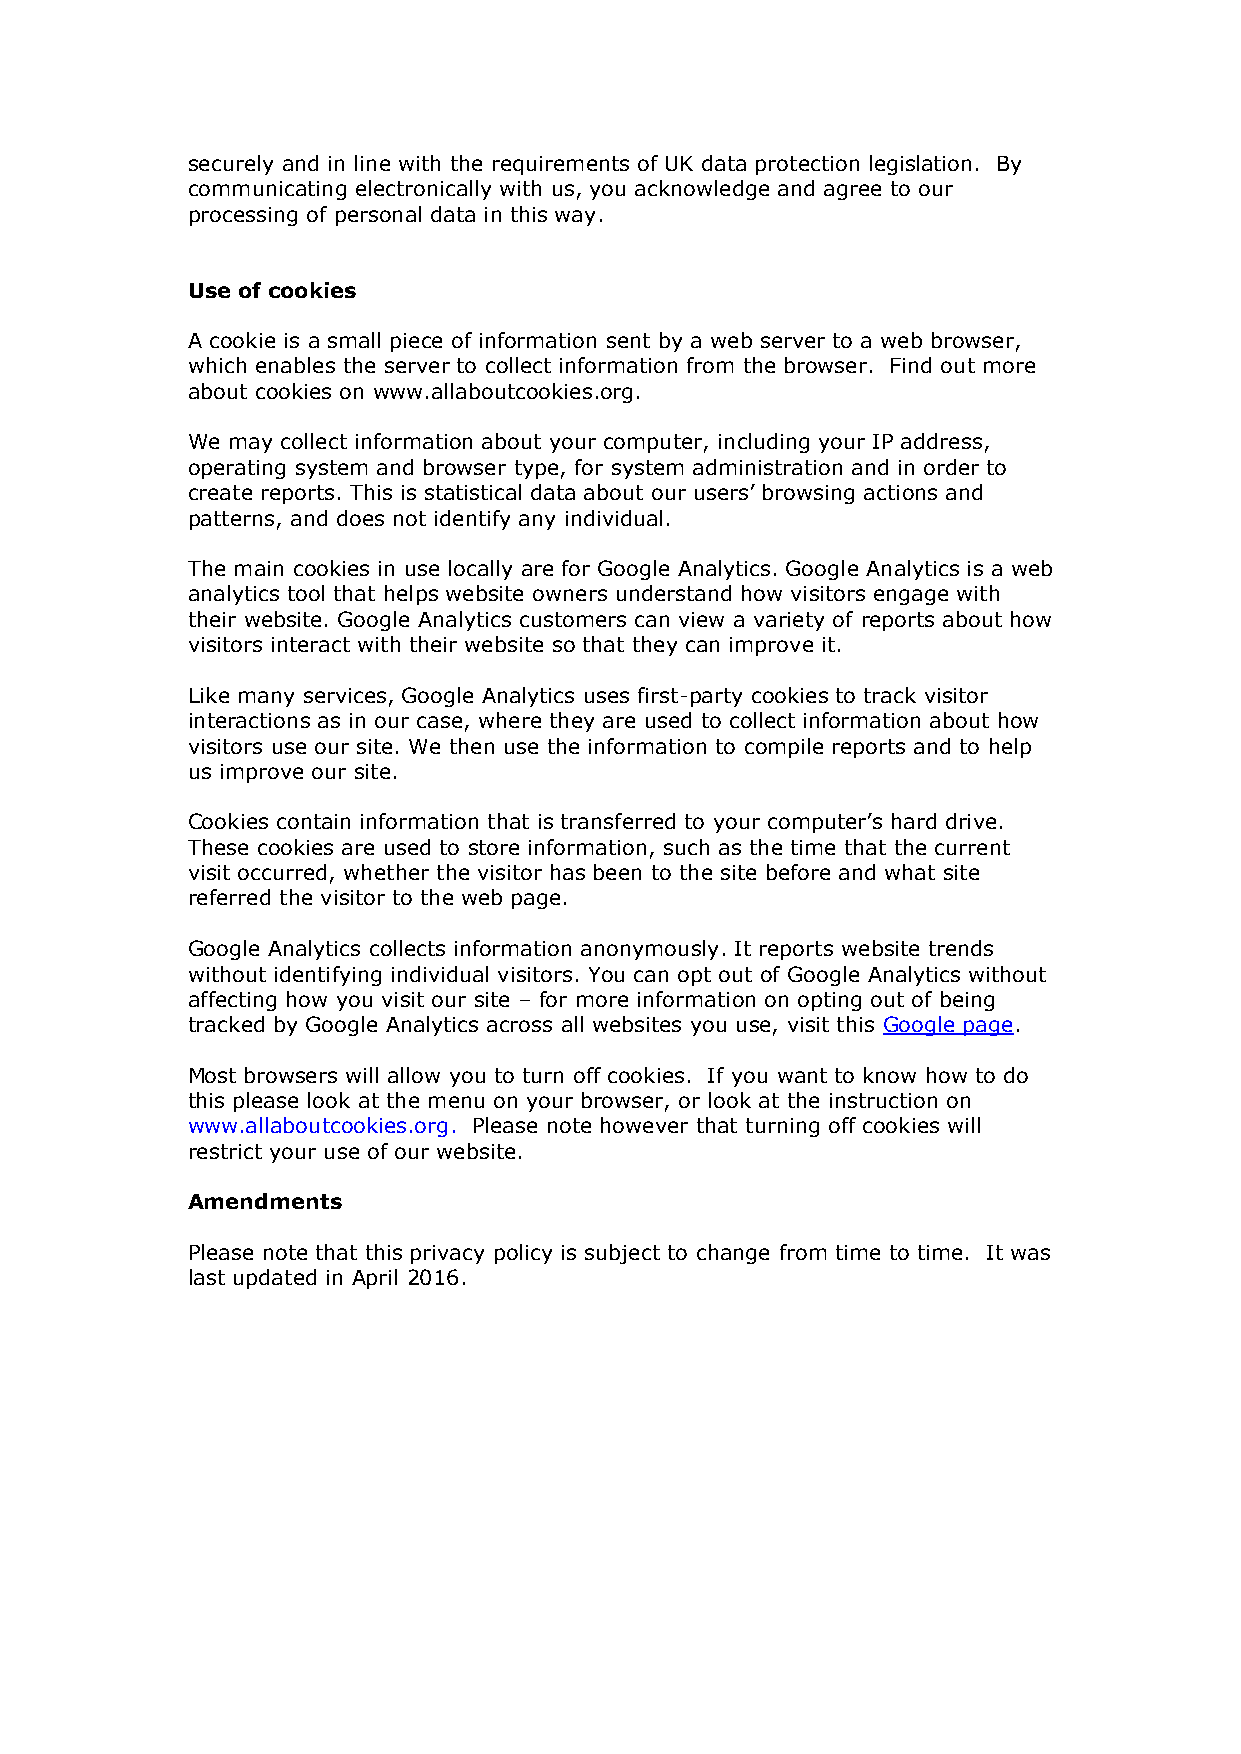
securely and in line with the requirements of UK data protection legislation. By
 communicating electronically with us, you acknowledge and agree to our
 processing of personal data in this way.
 Use of cookies
 A cookie is a small piece of information sent by a web server to a web browser,
 which enables the server to collect information from the browser. Find out more
 about cookies on www.allaboutcookies.org.
 We may collect information about your computer, including your IP address,
 operating system and browser type, for system administration and in order to
 create reports. This is statistical data about our users’ browsing actions and
 patterns, and does not identify any individual.
 The main cookies in use locally are for Google Analytics. Google Analytics is a web
 analytics tool that helps website owners understand how visitors engage with
 their website. Google Analytics customers can view a variety of reports about how
 visitors interact with their website so that they can improve it.
 Like many services, Google Analytics uses first-party cookies to track visitor
 interactions as in our case, where they are used to collect information about how
 visitors use our site. We then use the information to compile reports and to help
 us improve our site.
 Cookies contain information that is transferred to your computer’s hard drive.
 These cookies are used to store information, such as the time that the current
 visit occurred, whether the visitor has been to the site before and what site
 referred the visitor to the web page.
 Google Analytics collects information anonymously. It reports website trends
 without identifying individual visitors. You can opt out of Google Analytics without
 affecting how you visit our site – for more information on opting out of being
 tracked by Google Analytics across all websites you use, visit this Google page.
 Most browsers will allow you to turn off cookies. If you want to know how to do
 this please look at the menu on your browser, or look at the instruction on
 www.allaboutcookies.org. Please note however that turning off cookies will
 restrict your use of our website.
 Amendments
 Please note that this privacy policy is subject to change from time to time. It was
 last updated in April 2016.